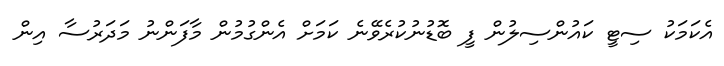
އެކަމަކު ސިޓީ ކައުންސިލުން ފީ ބޮޑުނުކުރެވޭނެ ކަމަށް އެންގުމުން މާފަންނު މަދަރުސާ އިން